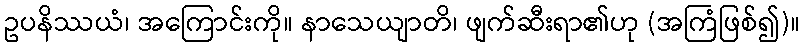
ဥပနိဿယံ၊ အကြောင်းကို။ နာသေယျာတိ၊ ဖျက်ဆီးရာ၏ဟု (အကြံဖြစ်၍)။